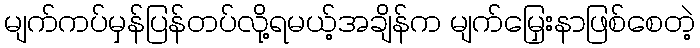
မျက်ကပ်မှန်ပြန်တပ်လို့ရမယ့်အချိန်က မျက်မြှေးနာဖြစ်စေတဲ့